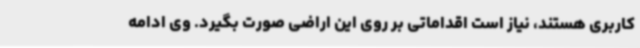
کاربری هستند، نیاز است اقداماتی بر روی این اراضی صورت بگیرد. وی ادامه